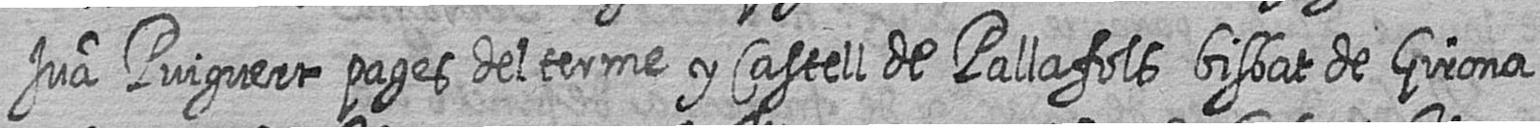
Jua Puiguert pages del terme y Castell de Pallafols bisbat de Girona